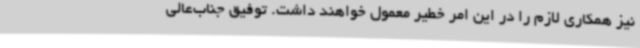
نیز همکاری لازم را در این امر خطیر معمول خواهند داشت. توفیق جناب‌عالی